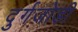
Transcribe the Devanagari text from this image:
दुर्गजोडी